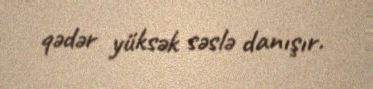
qədər yüksək səslə danışır.